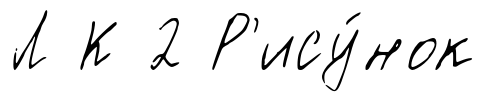
Л К 2 Р'ису́нок